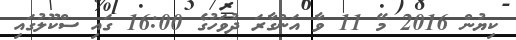
ކިޔުން 2016 މޭ 11 ވާ އަންގާރަ ދުވަހުގެ 16:00 ގައި ސްކޫލުގައި